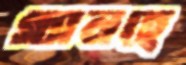
গ্যালহে